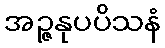
အဉ္ဇနုပပိသနံ